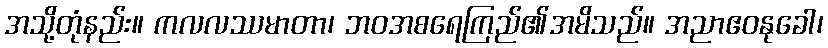
အသို့တုံနည်း။ ကလလဿမာတာ၊ ဘဝအစရေကြည်၏အမိသည်။ အညာဧဝနုခေါ၊